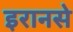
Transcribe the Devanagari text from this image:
इरानसे